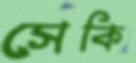
সেকি